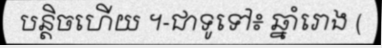
បន្តិចហើយ ។-ជាទូទៅ៖ ឆ្នាំរោង (